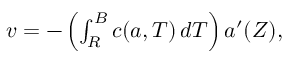
\begin{array} { r } { v = - \left( \int _ { R } ^ { B } c ( { a } , T ) \, d T \right) { a } ^ { \prime } ( Z ) , } \end{array}